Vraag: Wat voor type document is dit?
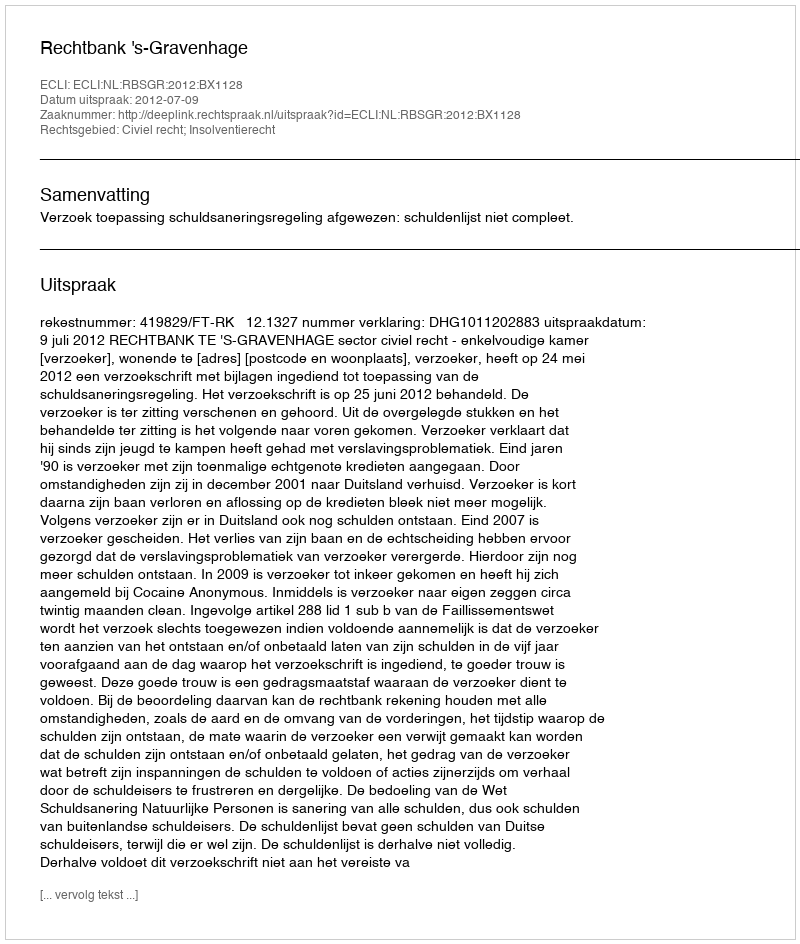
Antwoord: Uitspraak